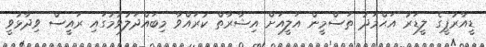
ޑީއާރުޕީގެ ލީޑަރު އަޙްމަދު ތަސްމީން އަލީއަށް އިޝާރާތް ކުރައްވާ މިބައްދަލުވުމުގައި ރައީސް ވިދާޅުވީ